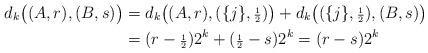
LaTeX: \begin{align*}d_{k}\big((A,r),(B,s)\big)&= d_{k}\big((A,r),(\{j\},{\scriptstyle \frac12})\big)+ d_{k}\big((\{j\},{\scriptstyle \frac12}),(B,s)\big)\\&= (r-{\scriptstyle \frac12})2^{k}+ ({\scriptstyle \frac12}- s)2^{k}=(r-s)2^{k}\end{align*}